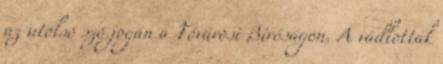
az utolsó szó jogán a Fővárosi Bíróságon. A vádlottak